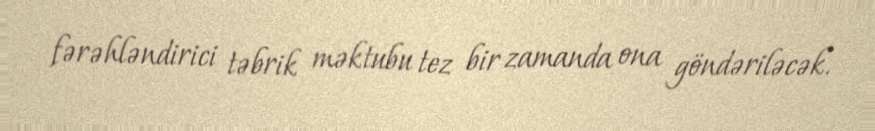
fərəhləndirici təbrik məktubu tez bir zamanda ona göndəriləcək.